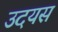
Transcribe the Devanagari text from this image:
उदयस